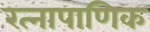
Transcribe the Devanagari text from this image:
रत्‍नापाणिक